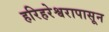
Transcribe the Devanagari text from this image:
हरिहरेश्वरापासून